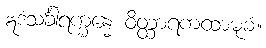
ဣဒံသင်္ခါရက္ခန္ဓေ ဝိတ္ထာရကထာမုခံ။